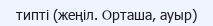
типті (жеңіл. Орташа, ауыр)